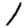
Digit: 1